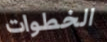
الخطوات